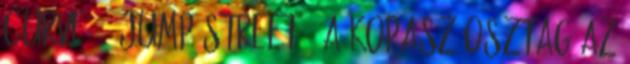
Curve 21 Jump Street – A Kopasz Osztag Az